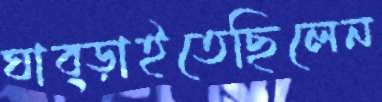
ঘাব্‌ড়াইতেছিলেন